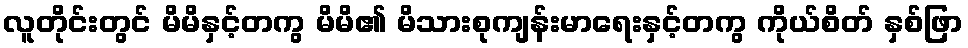
လူတိုင်းတွင် မိမိနှင့်တကွ မိမိ၏ မိသားစုကျန်းမာရေးနှင့်တကွ ကိုယ်စိတ် နှစ်ဖြာ